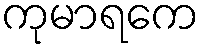
ကုမာရကေ